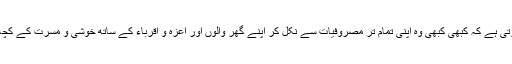
اس کی خواہش ہوتی ہے کہ کبھی کبھی وہ اپنی تمام تر مصروفیات سے نکل کر اپنے گھر والوں اور اعزّہ و اقرباء کے ساتھ خوشی و مسرت کے کچھ لمحات گزارے۔